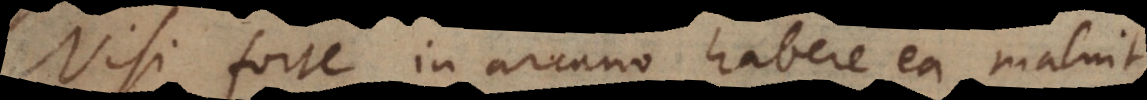
Nisi forte in arcano habere ea maluit,